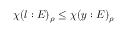
\chi ( l : E ) _ { \rho } \leq \chi ( y : E ) _ { \rho }